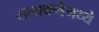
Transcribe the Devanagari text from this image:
सत्यकथेमध्ये